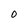
Character: 0